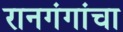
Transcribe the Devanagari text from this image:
रानगंगांचा